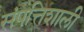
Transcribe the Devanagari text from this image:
संपत्तिशाली